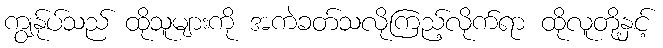
ကျွန်ုပ်သည် ထိုသူများကို အကဲခတ်သလိုကြည့်လိုက်ရာ ထိုလူတို့နှင့်